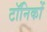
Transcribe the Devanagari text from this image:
टॉनिकों